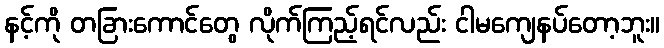
နင့်ကို တခြားကောင်တွေ လိုက်ကြည့်ရင်လည်း ငါမကျေနပ်တော့ဘူး။